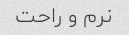
نرم و راحت